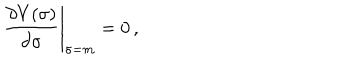
LaTeX: \left. \frac { \partial V ( \sigma ) } { \partial \sigma } \right| _ { \sigma = m } = 0 \, ,